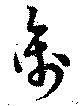
离